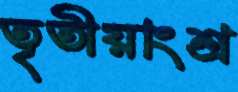
তৃতীয়াংশ্র